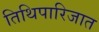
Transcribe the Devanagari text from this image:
तिथिपारिजात